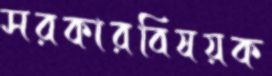
সরকারবিষয়ক